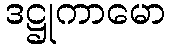
ဒဋ္ဌုကာမော